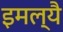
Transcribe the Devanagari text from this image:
इमल्यै